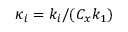
\kappa _ { i } = k _ { i } / ( C _ { x } k _ { 1 } )